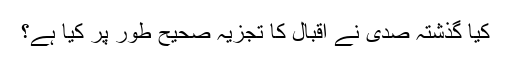
كیا گذشتہ صدی نے اقبال كا تجزیہ صحیح طور پر كیا ہے؟